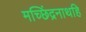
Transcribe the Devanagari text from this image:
मच्छिंद्रनाथहि